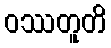
ဝဿတူတိ